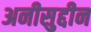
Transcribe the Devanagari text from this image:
अनीसुद्दीन